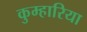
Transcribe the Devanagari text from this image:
कुम्हारिया